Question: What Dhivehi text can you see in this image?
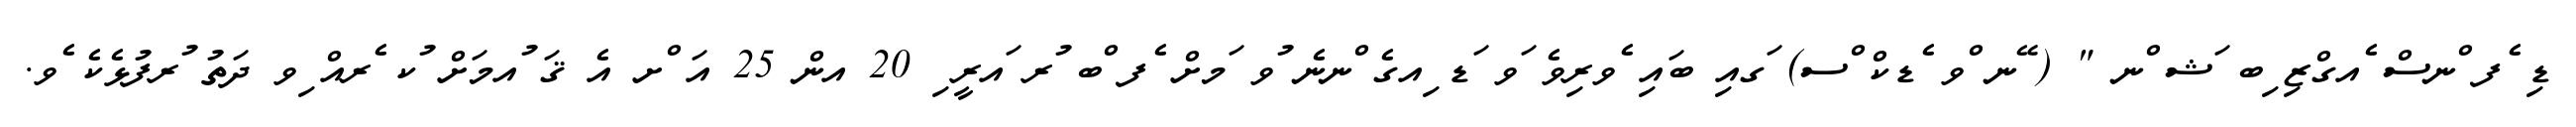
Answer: ޑި ެފ ްނސް ެއގްޒި ިބ ަޝ ްނ " ( ޭނ ްވ ެޑކް ްސ) ަގއި ބައި ެވރިވެ ަވ ަޑ ިއގެ ްނނެ ުވ ަމށް ެފ ްބ ުރ ައރީ ި 20 އން 25 އަ ްށ އެ ޤަ ުއމަށް ުކ ެރއް ިވ ދަތު ުރފުޅެކެ ެވ.